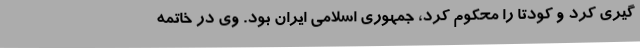
گیری کرد و کودتا را محکوم کرد، جمهوری اسلامی ایران بود. وی در خاتمه